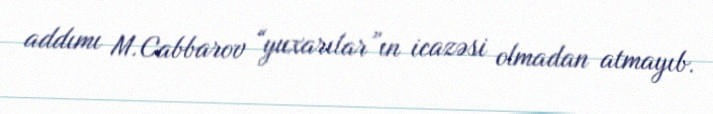
addımı M.Cabbarov “yuxarılar”ın icazəsi olmadan atmayıb.